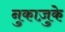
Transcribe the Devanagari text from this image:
नुकाज़ुके